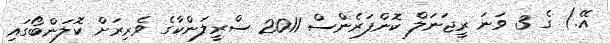
އޭ.) ގެ 3 ވަނަ ރީޖަނަލް ކޮންފަރެންސް 2011 ސްރީލަންކާގެ ވެރިރަށް ކޮލަންބޯގައި